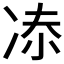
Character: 𠗑